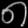
Digit: ၈